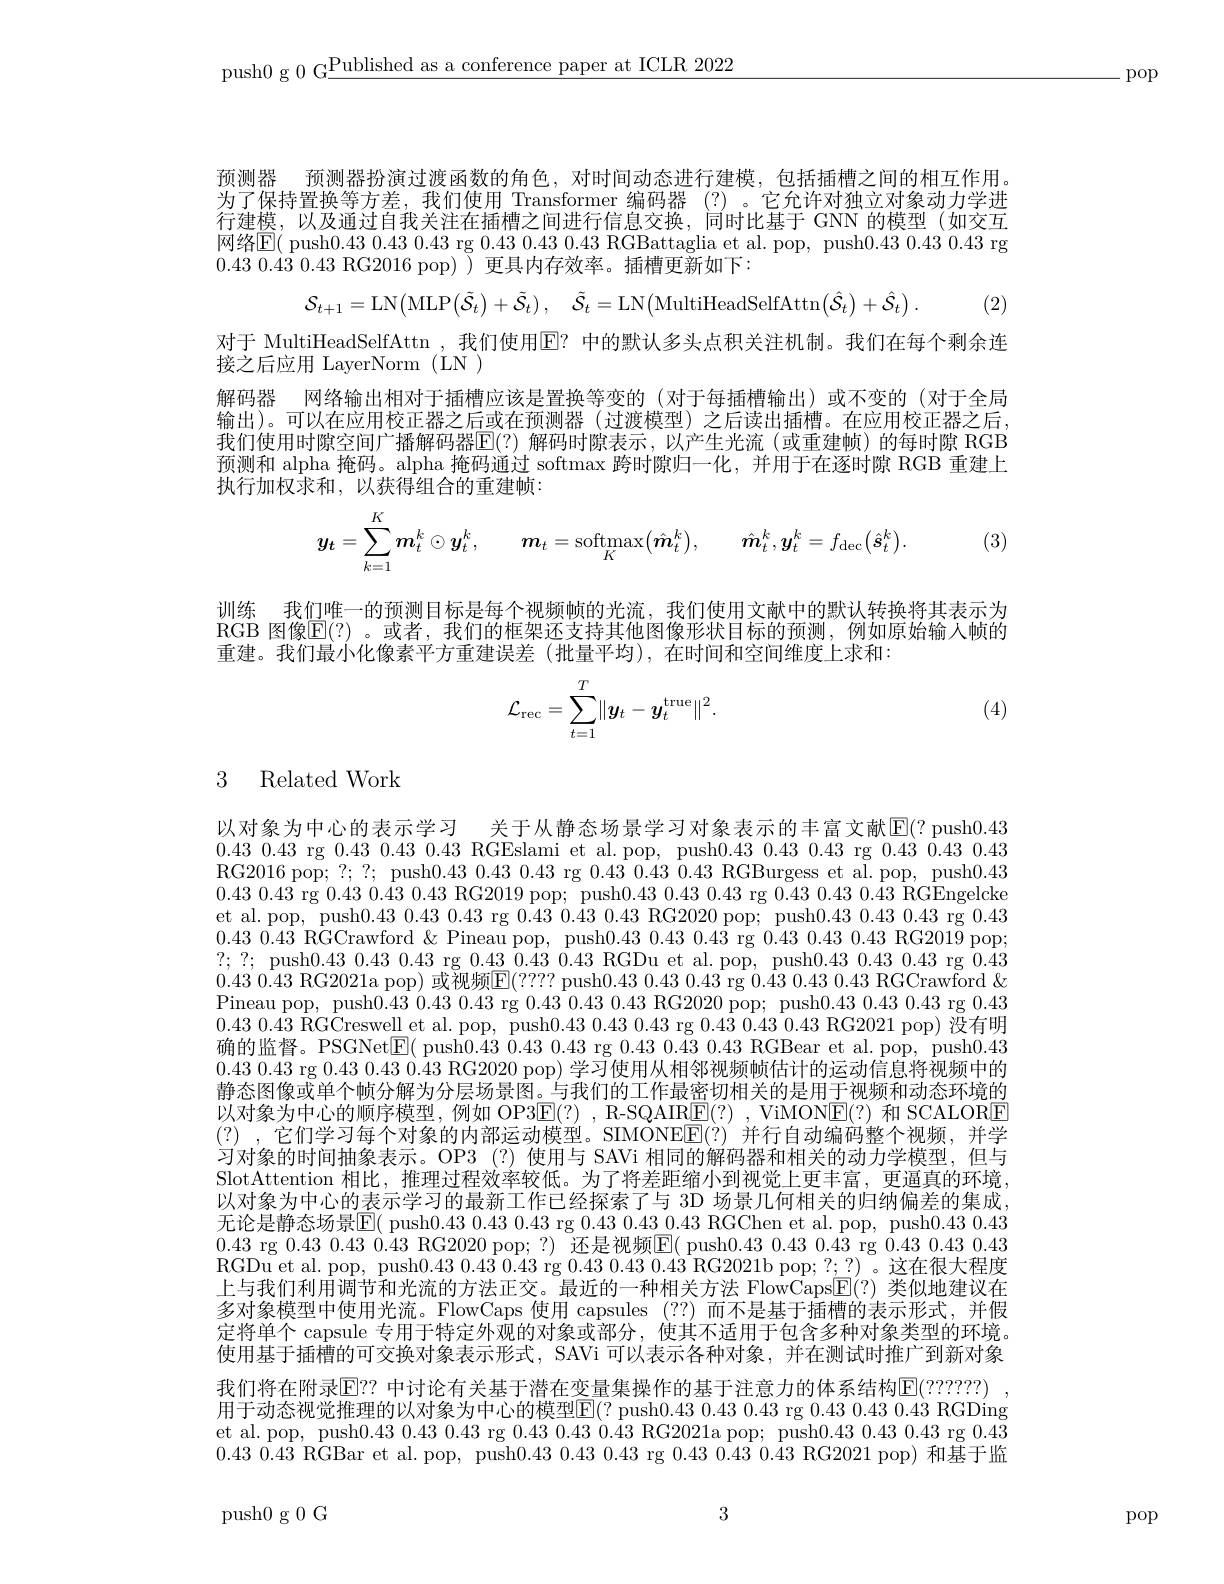
push0 g 0 G$\underline\text{Published as a conference paper at ICLR 2022}$

.pop

预测器 预测器扮演过渡函数的角色，对时间动态进行建模，包括插槽之间的相互作用。为了保持置换等方差，我们使用 Transformer 编码器 (?)。它允许对独立对象动力学进行建模，以及通过自我关注在插槽之间进行信息交换，同时比基于 GNN 的模型(如交互网络$\mathbb{E}($ push0.430.430.43 rg 0.430.430.43 RGBattaglia et al. pop, push0.430.430.43 rg $0.43~0.43~0.43~0.43~$RG2016 pop) ) 更具内存效率。插槽更新如下：
$$\mathcal{S}_{t+1}=\mathrm{LN}\big(\mathrm{MLP}\big(\tilde{\mathcal{S}}_{t}\big)+\tilde{\mathcal{S}}_{t}\big),\quad\tilde{\mathcal{S}}_{t}=\mathrm{LN}\big(\mathrm{MultiHeadSelfAttn}\big(\hat{\mathcal{S}}_{t}\big)+\hat{\mathcal{S}}_{t}\big)\:.$$
对于 MultiHeadSelfAttn ,我们使用$\overline{\mathrm{E?}}$ 中的默认多头点积关注机制。我们在每个剩余连
接之后应用 LayerNorm (LN )
解码器 网络输出相对于插槽应该是置换等变的 (对于每插槽输出)或不变的 (对于全局输出)。可以在应用校正器之后或在预测器(过渡模型)之后读出插槽。在应用校正器之后， 我们使用时隙空间广播解码器$\mathbb{E}(?)$ 解码时隙表示，以产生光流(或重建帧)的每时隙 RGB 预测和 alpha 掩码。alpha 掩码通过 softmax 跨时隙归一化，并用于在逐时隙 RGB 重建上执行加权求和，以获得组合的重建帧：
$$\boldsymbol{y}_{\boldsymbol{t}}=\sum\limits_{k=1}^{K}\boldsymbol{m}_{t}^{k}\odot\boldsymbol{y}_{t}^{k},\quad\boldsymbol{m}_{t}=\mathrm{softmax}\big(\hat{\boldsymbol{m}}_{t}^{k}\big),\quad\hat{\boldsymbol{m}}_{t}^{k},\boldsymbol{y}_{t}^{k}=f_{\mathrm{dec}}\big(\hat{\boldsymbol{s}}_{t}^{k}\big).$$
(3)

训练 我们唯一的预测目标是每个视频帧的光流，我们使用文献中的默认转换将其表示为RGB 图像$\mathbb{E}(?)$ 。或者，我们的框架还支持其他图像形状目标的预测，例如原始输人帧的重建。我们最小化像素平方重建误差(批量平均),在时间和空间维度上求和：
$$\mathcal{L}_{\mathrm{rec}}=\sum_{t=1}^T\lVert\boldsymbol{y}_t-\boldsymbol{y}_t^{\mathrm{true}}\rVert^2.$$
(4)

3 Related Work

以对象为中心的表示学习 关于从静态场景学习对象表示的丰富文献$\mathbb{E}(?$ push0.430.43 0.43 rg 0.43 0.43 0.43 RGEslami et al.pop, push0.43 0.43 0.43 rg 0.43 0.43 0.43 RG2016 pop; ? ; ? ; push0. 43 0. 43 0. 43 rg 0. 43 0. 43 0. 43 RGBurgess et al. pop, push0. 43 $0.43~0.43~$rg $0.43~0.43~0.43~$RG2019 pop; push$0.43~0.43~0.43~$rg $0.43~0.43~0.43~$RGEngelcke et al. pop, push0.43 0.43 0.43 rg 0.43 0.43 0.43 0.43 RG2020 pop; push0.43 0.43 0.43 rg 0.43 0.43 rg 0.43 0.43 0.43 end0.43 Pineau pop, push0.43 0.43 rg 0.43 0.43 RG2019 pop; ? ; ? ; push0. 43 0. 43 0. 43 rg 0. 43 0. 43 0. 43 RGDu et al. pop, push0. 43 0. 43 0. 43 rg 0. 430.43 0.43 RG2021a pop) 或视频$\boxed{\mathrm{E}}(????$ push0.43 0.43 0.43 rg 0.43 0.43 0.43 RGCrawford & Pineau pop, push0.43 0.430.43 rg 0.430.43 0.43 RG2020 pop; push0.43 0.43 0.43 rg 0.430.43 0.43 RGCreswell et al. pop, push0.43 0.43 0.43 rg 0.43 0.43 0.43 RG2021 pop) 没有明确的监督。PSGNet$\boxed{\mathrm{E}}($ push0.430.430.43 rg 0.430.430.43 RGBear et al. pop, push0.430.43 0.43 $\operatorname { rg}$ 0.43 0.43 0.43 $\operatorname { RG2020}$ pop) 学习使用从相邻视频帧估计的运动信息将视频中的静态图像或单个帧分解为分层场景图。与我们的工作最密切相关的是用于视频和动态环境的以对象为中心的顺序模型，例如 OP3$\underline {\mathrm{E} }( ? )$ , R- SQAIRE(?) , ViMONE(?)和 SCALORE (?),它们学习每个对象的内部运动模型。SIMONEE(?)并行自动编码整个视频，并学习对象的时间抽象表示。OP3 (?)使用与 SAVi 相同的解码器和相关的动力学模型，但与SlotAttention 相比，推理过程效率较低。为了将差距缩小到视觉上更丰富，更逼真的环境， 以对象为中心的表示学习的最新工作已经探索了与 3D 场景几何相关的归纳偏差的集成， 无论是静态场景$\mathbb{E}($ push0.430.430.43 rg 0.430.430.43 RGChen et al. pop, push0.430.430.43 rg 0.430.430.43 RG2020 pop;?) 还是视频$\boxed{\mathrm{E}}($ push0.430.43 rg 0.430.430.43 RGDu et al. pop, push$0. 43 0. 43 0. 43 rg 0. 43 0. 43 0. 43 RG2021b pop; ? ? ) 。这 在 很 大 程 度$ 上与我们利用调节和光流的方法正交。最近的一种相关方法 FlowCaps$\mathbb{E}(?)$类似地建议在多对象模型中使用光流。FlowCaps 使用 capsules (??)而不是基于插槽的表示形式，并假定将单个 capsule 专用于特定外观的对象或部分，使其不适用于包含多种对象类型的环境。使用基于插槽的可交换对象表示形式，SAVi 可以表示各种对象，并在测试时推广到新对象我们将在附录$\operatorname{E}$? 中讨论有关基于潜在变量集操作的基于注意力的体系结构$\operatorname{E}(??????)$ 用于动态视觉推理的以对象为中心的模型$\boxed{\mathrm{F}}(?$ push0.43 0.43 0.43 rg 0.43 0.43 0.43 RGDing et al. pop, push0.43 0.43 0.43 rg 0.43 0.43 0.43 0.43 RG2021a pop; push0.43 0.43 0.43 rg 0.43 $0.43~0.43~$RGBar et al. pop, push$0.43~0.43~0.43~$rg $0.43~0.43~0.43~0.43~$RG2021 pop) 和基于监

3

push0 g 0 G

pop